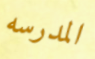
المدرسه